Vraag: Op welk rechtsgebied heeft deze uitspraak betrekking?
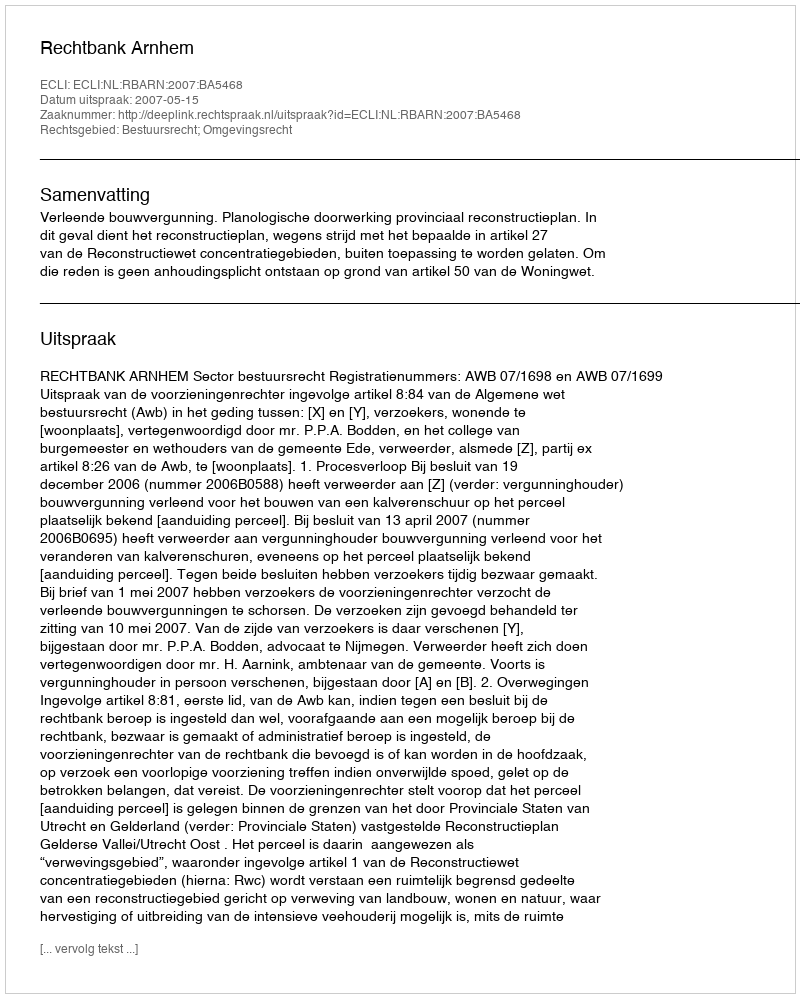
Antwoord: Bestuursrecht; Omgevingsrecht